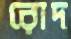
রোদ